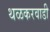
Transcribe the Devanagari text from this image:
थळकरवाडी